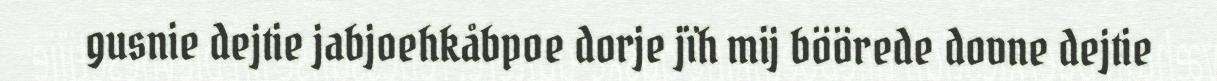
gusnie dejtie jabjoehkåbpoe dorje jïh mij böörede dovne dejtie